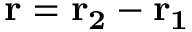
\mathbf { r } = \mathbf { r _ { 2 } } - \mathbf { r _ { 1 } }